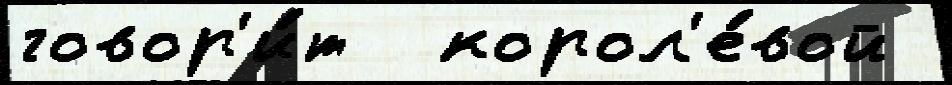
говор'и́т  корол'е́вой